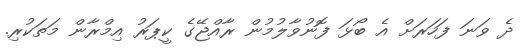
ދެ ވަނަ ފަހަރަށް އެ ބޯޅަ ފޮނުވާލުމުން ރާއްޖޭގެ ކީޕަރު އިމްރާން މަތަކުރި.